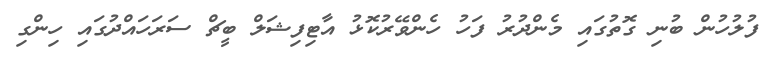
ފުލުހުން ބުނި ގޮތުގައި މެންދުރު ފަހު ހެންވޭރުކޮޅު އާޓިފިޝަލް ބީޗް ސަރަހައްދުގައި ހިންގި